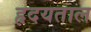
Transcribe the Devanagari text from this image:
हृदयताल